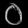
Digit: ၀